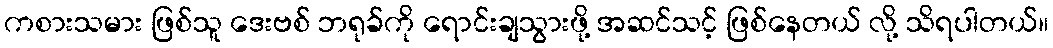
ကစားသမား ဖြစ်သူ ဒေးဗစ် ဘရုခ်ကို ရောင်းချသွားဖို့ အဆင်သင့် ဖြစ်နေတယ် လို့ သိရပါတယ်။